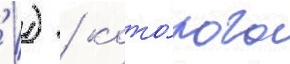
' ) / кото́рого